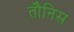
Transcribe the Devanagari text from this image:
तौनिस